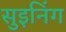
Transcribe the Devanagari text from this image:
सुइनिंग